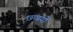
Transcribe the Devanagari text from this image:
छप्पयों